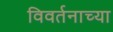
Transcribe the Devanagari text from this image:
विवर्तनाच्या